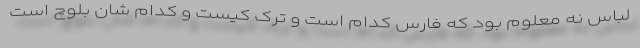
لباس نه معلوم بود که فارس کدام است و ترک کیست و کدام شان بلوچ است